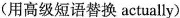
(用高级短语替换actually)